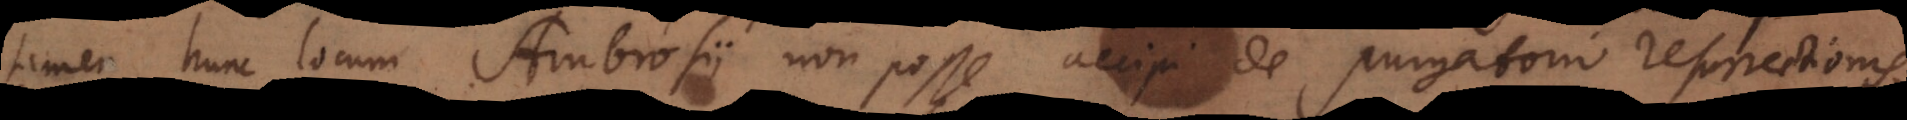
tamen hunc locum Ambrosii non posse accipi de purgatorio resurrectionis,